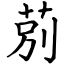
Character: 莂